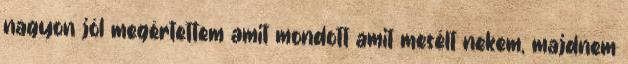
nagyon jól megértettem amit mondott amit mesélt nekem, majdnem